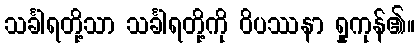
သင်္ခါရတို့သာ သင်္ခါရတို့ကို ဝိပဿနာ ရှုကုန်၏။